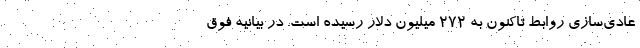
عادی‌سازی روابط تاکنون به 272 میلیون دلار رسیده است. در بیانیه فوق